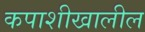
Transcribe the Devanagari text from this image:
कपाशीखालील